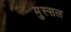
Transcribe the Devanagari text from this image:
मुस्सल